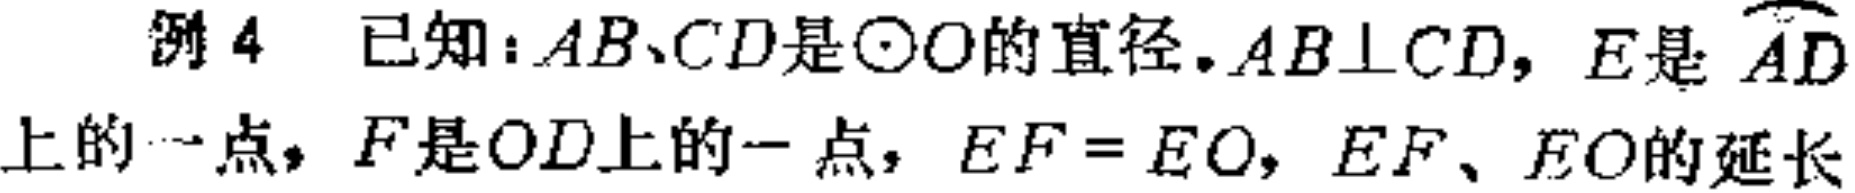
例 4 已知：\(AB、CD\)是\(\odot O\)的直径，\(AB\perp CD\)，\(E\)是\(\overset{\frown}{AD}\)上的一点，\(F\)是\(OD\)上的一点，\(EF = EO\)，\(EF、FO\)的延长